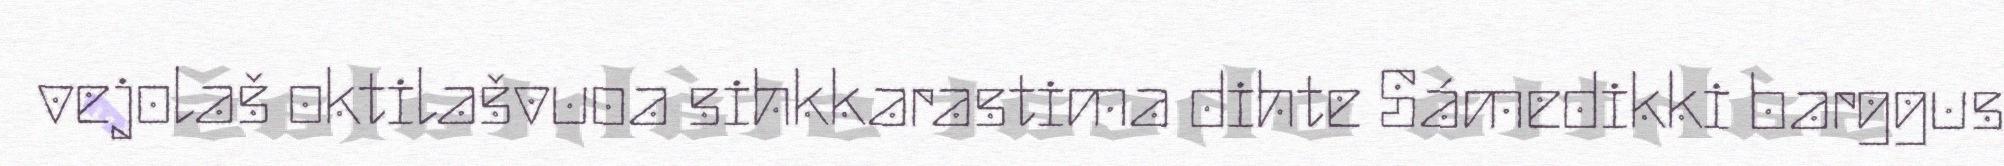
vejolaš oktilašvuoa sihkkarastima dihte Sámedikki barggus